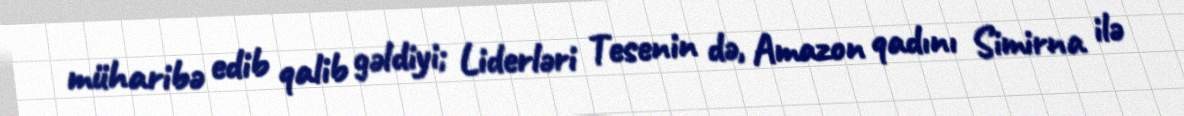
müharibə edib qalib gəldiyi; Liderləri Tesenin də, Amazon qadını Simirna ilə